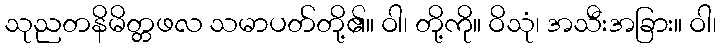
သုညတနိမိတ္တဖလ သမာပတ်တို့၏။ ဝါ၊ တို့ကို။ ဝိသုံ၊ အသီးအခြား။ ဝါ၊